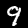
Label: 9